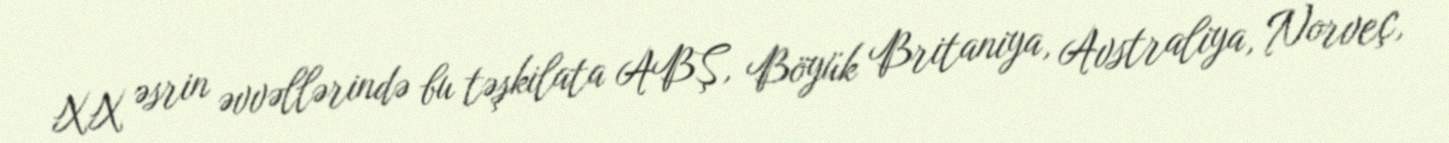
XX əsrin əvvəllərində bu təşkilata ABŞ, Böyük Britaniya, Avstraliya, Norveç,